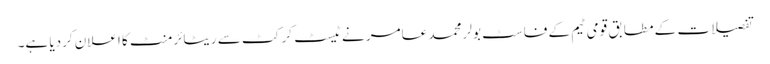
تفصیلات کے مطابق قومی ٹیم کے فاسٹ بولر محمد عامر نے ٹیسٹ کرکٹ سے ریٹائرمنٹ کا اعلان کردیا ہے۔